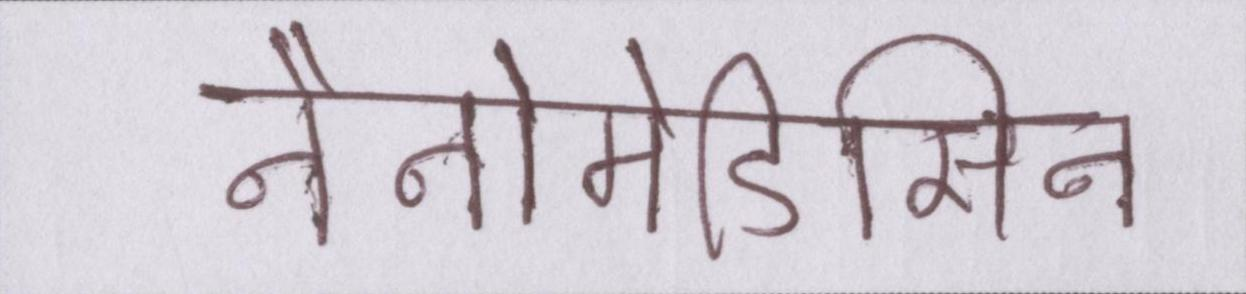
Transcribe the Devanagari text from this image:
नैनोमेडिसिन